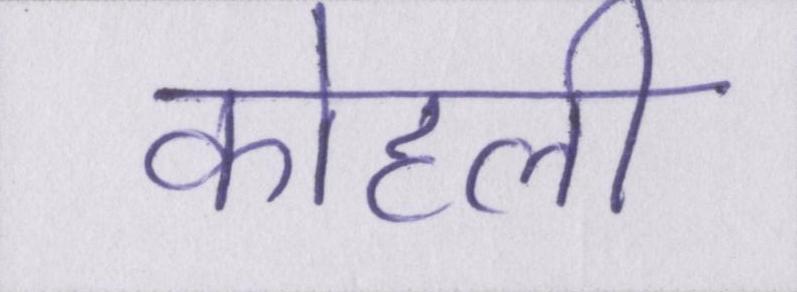
कोहली